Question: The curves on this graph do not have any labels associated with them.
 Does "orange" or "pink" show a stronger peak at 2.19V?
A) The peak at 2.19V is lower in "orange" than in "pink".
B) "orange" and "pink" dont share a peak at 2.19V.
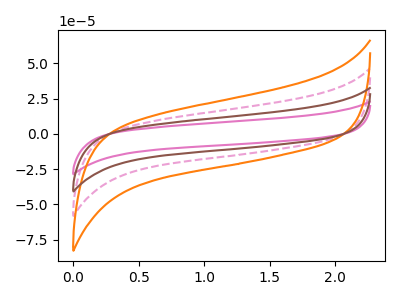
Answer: <think>The pink curve "pink" has no peaks. The pink dashed curve "pink dashed" has no peaks. The orange curve "orange" has no peaks. The brown curve "brown" has no peaks.</think>
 <answer>B) "orange" and "pink" dont share a peak at 2.19V.</answer>
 <eval>B</eval>